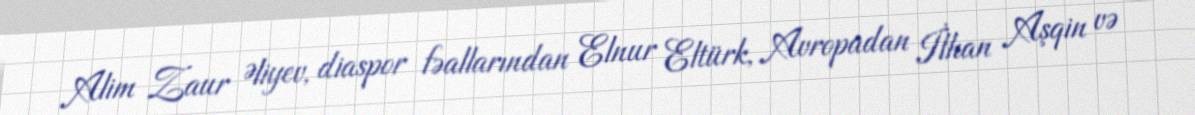
Alim Zaur Əliyev, diaspor fəallarından Elnur Eltürk, Avropadan İlhan Aşqin və